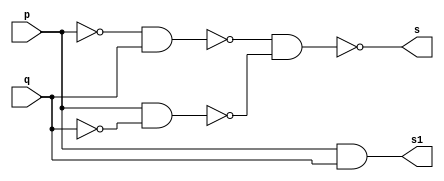
// ---------------------
// Guia 05 - Exercicio 04
// Nome: Bruno Csar Lopes Silva
// --------------------

//--- Module Meia Soma Nand --

module meiasoma (s, s1, p, q);
output s, s1;
input p, q;
wire s2, s3, s4, s5, s6;

nand NAND1(s2, p, p);
nand NAND2(s3, q, q);
nand NAND3(s4, s2, q);
nand NAND4(s5, p, s3);
nand NAND5(s, s4, s5);
nand NAND6(s6, p, q);
nand NAND7(s1, s6, s6);

endmodule // meiasoma

//--- Module Soma Completa Nand ---

module somacompleta (s, s1, p, q, vaium);
output s, s1;
input p, q, vaium;
wire s2, s3, s4, s5, s6;

meiasoma M1(s2, s3, p, q);
meiasoma M2(s, s4, s2, vaium);
nand NAND1(s5, s3, s3);
nand NAND2(s6, s4, s4);
nand NAND3(s1, s5, s6);

endmodule // somacompleta

//--- Module Teste ---

module testesoma3bits;
reg [2:0]A;
reg [2:0]B;
wire [3:0]S;
wire [1:0]W;

meiasoma M1(S[0], W[0], A[0], B[0]);
somacompleta S1(S[1], W[1], A[1], B[1], W[0]);
somacompleta S2(S[2], S[3], A[2], B[2], W[1]); 

// parte principal
   initial begin
	   $display("Guia 05 - Exercicio 04");
		$display("Bruno Cesar Lopes Silva - 415985");
      $display("Soma Completa com 3 bits usando NAND");
      $display("\n a + b = s \n");
		A = 0;
		B = 0;
  		while(A != 7)
		  begin
		    A = (B == 0)? A : A + 1;
			 B = 0;
  #1      $display("%b + %b = %b", A, B, S);
			 while(B != 7)
			   begin
				  B = B + 1;
  #1              $display("%b + %b = %b", A, B, S);
		      end
		  end
  end

endmodule // testesoma3bits